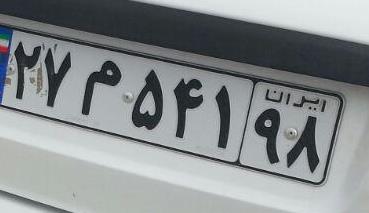
۲۷م۵۴۱۹۸